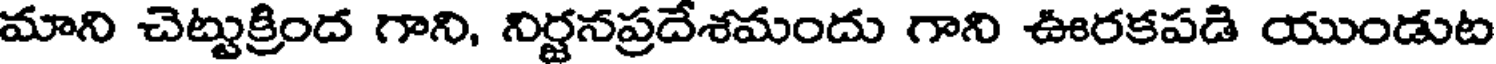
మాని చెట్టుక్రింద గాని, నిర్జనప్రదేశమందు గాని ఊరకపడి యుండుట